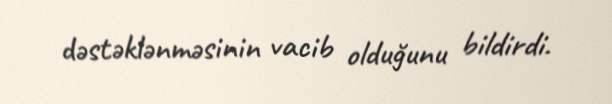
dəstəklənməsinin vacib olduğunu bildirdi.